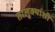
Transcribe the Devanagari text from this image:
तालुक्यांशी